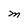
Character: M